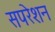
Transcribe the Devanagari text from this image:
सपरेशन